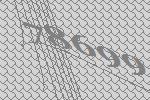
78699